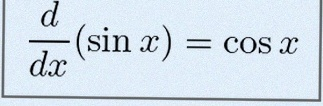
\frac{d}{dx}(\sin x)=\cos x